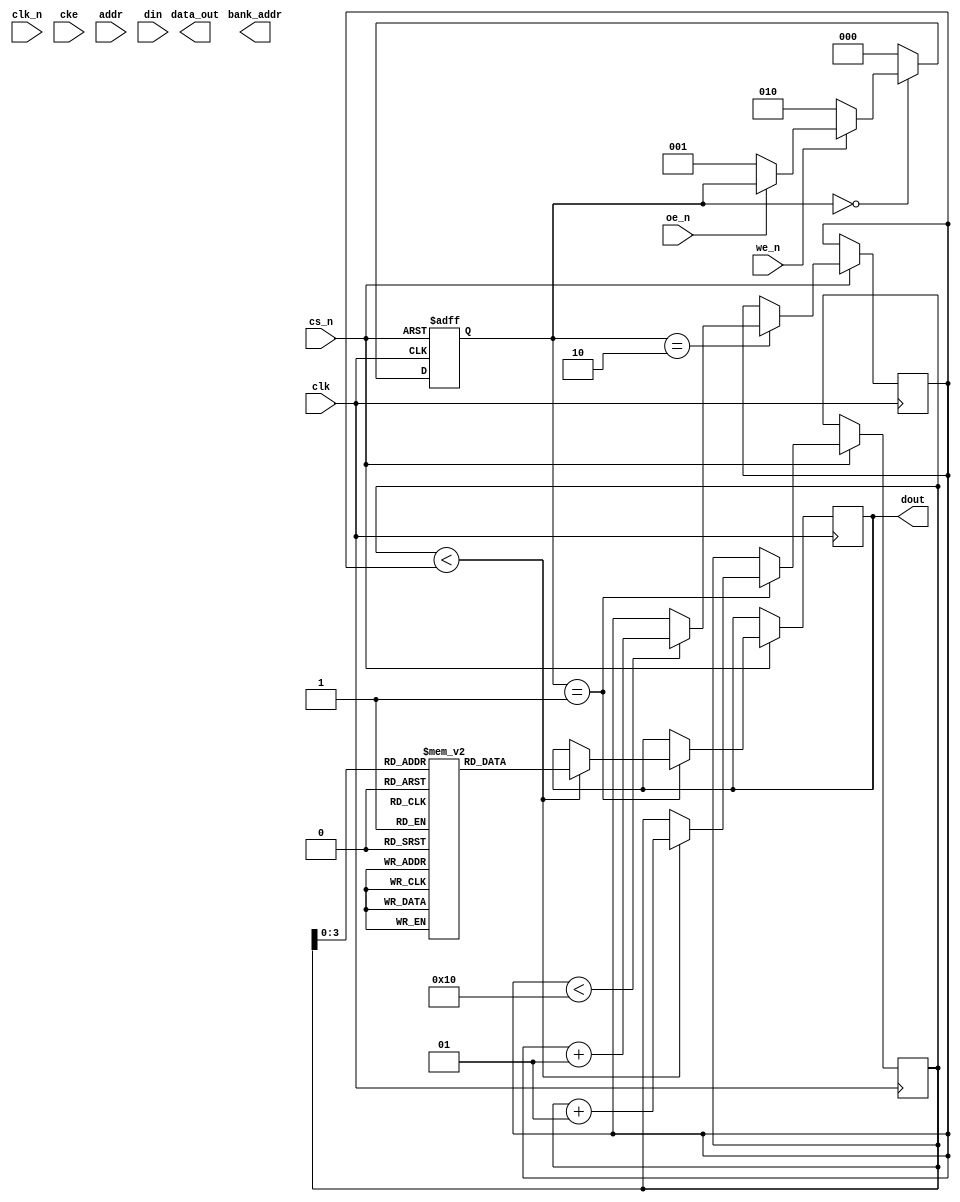
module ddr3_io_block (
    input wire clk,                // System clock
    input wire clk_n,              // Inverted clock
    input wire cke,                // Clock enable
    input wire cs_n,               // Chip select (active low)
    input wire we_n,               // Write enable (active low)
    input wire oe_n,               // Output enable (active low)
    input wire [31:0] addr,        // Address bus
    input wire [31:0] din,         // Data input
    output reg [31:0] dout,        // Data output
    output reg [31:0] data_out,    // Internal data output
    output reg [3:0] bank_addr     // Bank address
);

    // Parameters for timing control
    localparam tRCD = 15; // Example timing parameter
    localparam tCAS = 15; // Example timing parameter
    localparam tRP = 15;  // Example timing parameter
    localparam tWR = 15;  // Example timing parameter

    // FIFO declarations
    reg [31:0] write_fifo [0:15]; // Write FIFO (size 16)
    reg [31:0] read_fifo [0:15];  // Read FIFO (size 16)
    integer write_ptr = 0;         // Write pointer
    integer read_ptr = 0;          // Read pointer

    // Control signals
    reg [2:0] state;                // State machine
    localparam IDLE = 3'b000, READ = 3'b001, WRITE = 3'b010;

    // State machine for handling read and write operations
    always @(posedge clk or negedge cs_n) begin
        if (!cs_n) begin
            state <= IDLE;           // Reset state
        end else begin
            case (state)
                IDLE: begin
                    if (!we_n) begin   // Write operation
                        state <= WRITE;
                    end else if (!oe_n) begin // Read operation
                        state <= READ;
                    end
                end
                WRITE: begin
                    if (write_ptr < 16) begin // Check FIFO space
                        write_fifo[write_ptr] <= din; // Write data to FIFO
                        write_ptr <= write_ptr + 1;
                    end
                    state <= IDLE; // Go back to IDLE
                end
                READ: begin
                    if (read_ptr < write_ptr) begin // Check for data in FIFO
                        dout <= read_fifo[read_ptr]; // Read data from FIFO
                        read_ptr <= read_ptr + 1;
                    end
                    state <= IDLE; // Go back to IDLE
                end
                default: state <= IDLE; // Default case
            endcase
        end
    end

    // Timing control logic (simplified)
    always @(posedge clk) begin
        // Implement timing control logic here
        // For example: generate signals for tRCD, tCAS, etc.
    end

    // Data integrity features, error detection, etc.
    // Implement error detection/correction logic here

    // Power management features
    always @(negedge cke) begin
        // Implement power management logic here
    end

endmodule